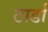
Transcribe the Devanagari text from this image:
टार्डा